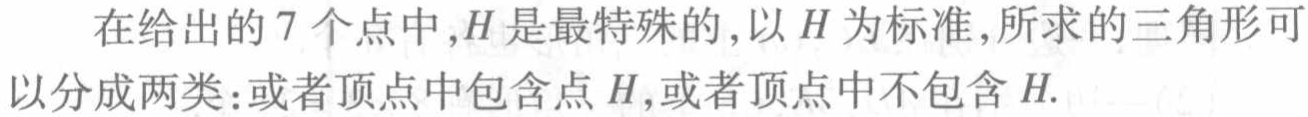
在给出的7个点中,$H$是最特殊的,以$H$为标准,所求的三角形可以分成两类:或者顶点中包含点$H$,或者顶点中不包含$H$.